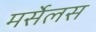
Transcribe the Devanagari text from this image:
मर्सेलस